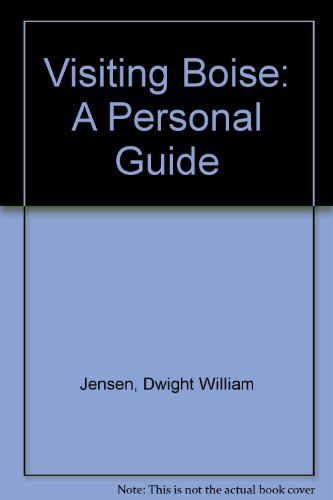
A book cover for Visiting Boise: A Personal Guide; Dwight William Jensen; Travel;